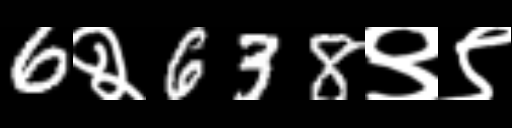
Text: 6२638९९